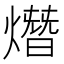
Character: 熸